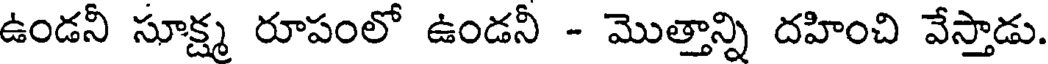
ఉండనీ సూక్ష్మ రూపంలో ఉండనీ - మొత్తాన్ని దహించి వేస్తాడు.